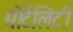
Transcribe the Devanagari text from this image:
मोर्टेलिटी